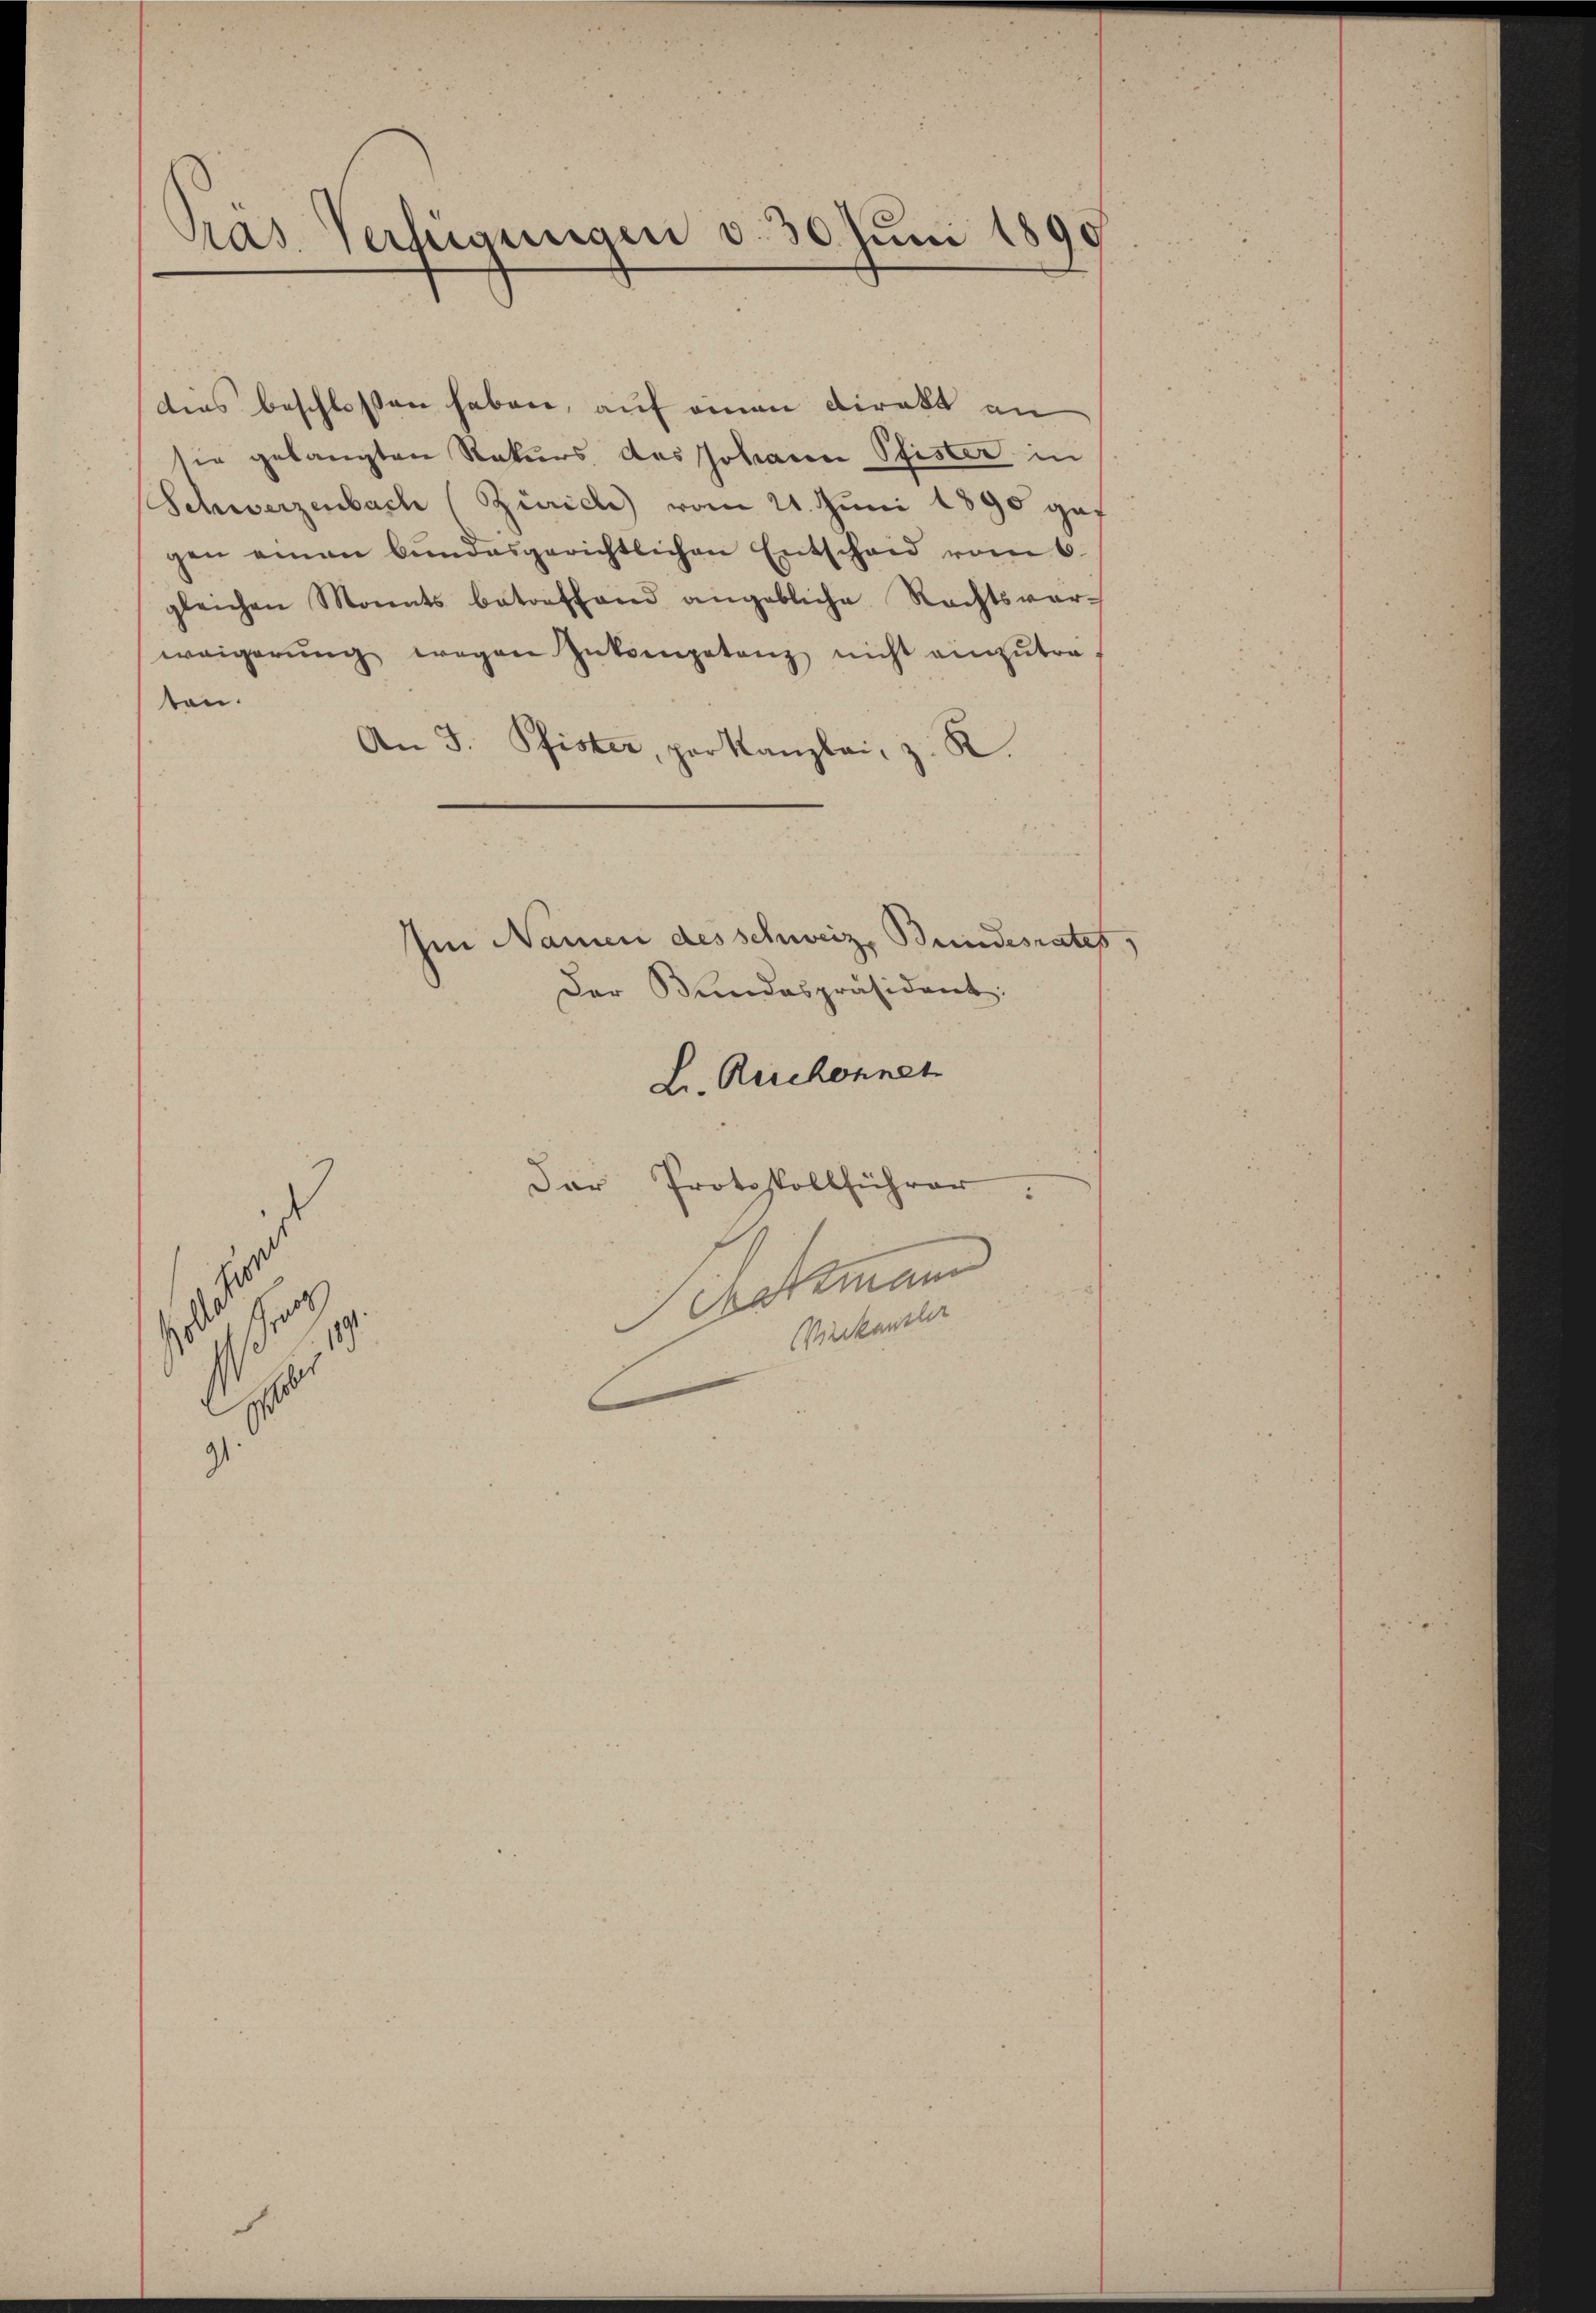
Pras Verfügungen d. 30. Juni 18

dies beschlossen haben, auf einen Direkt an
sie gelangten Rekurs des Johann Pfister in
Schwerzenbach (Zürich vom 21. Juni 1890 gef
gen einen bundesgerichtlichen Entscheid vom 6.
gleichen Monats betreffend angebliche Rechtsver-
weigerŭng wegen Zukuenpetanz nicht anzutra
ton.
An J. Pfister, parkanzlei, z. R.
Im Namen des schweiz. Bundesrates,
Der Bundespräsident:
L. Ruchonnet
Der Protokollführer.
ipartmann
Wirckenstlic
s

.

s